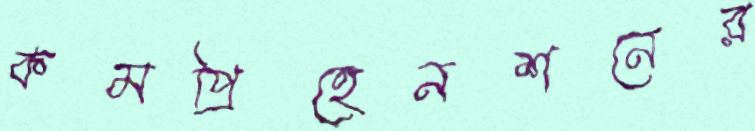
কমপ্রিহেনশনের